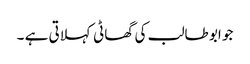
جو ابو طالب کی گھاٹی کہلاتی ہے ۔